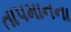
તાપમાનના